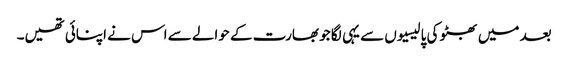
بعد میں بھٹو کی پالیسیوں سے یہی لگا جو بھارت کے حوالے سے اس نے اپنائی تھیں۔